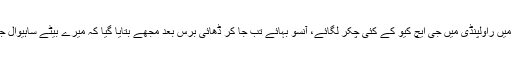
انہوں نے بتایا کہ ’بیٹوں کی تلاش میں راولپنڈی میں جی ایچ کیو کے کئی چکر لگائے، آنسو بہائے تب جا کر ڈھائی برس بعد مجھے بتایا گیا کہ میرے بیٹے ساہیوال جیل میں ہیں مگر جرم نہیں بتایا گیا۔